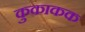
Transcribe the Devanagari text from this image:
कुकाकक